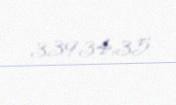
33934,35